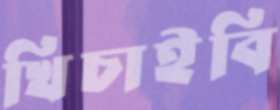
খিচাইবি